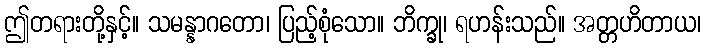
ဤတရားတို့နှင့်။ သမန္နာဂတော၊ ပြည့်စုံသော။ ဘိက္ခု၊ ရဟန်းသည်။ အတ္တဟိတာယ၊